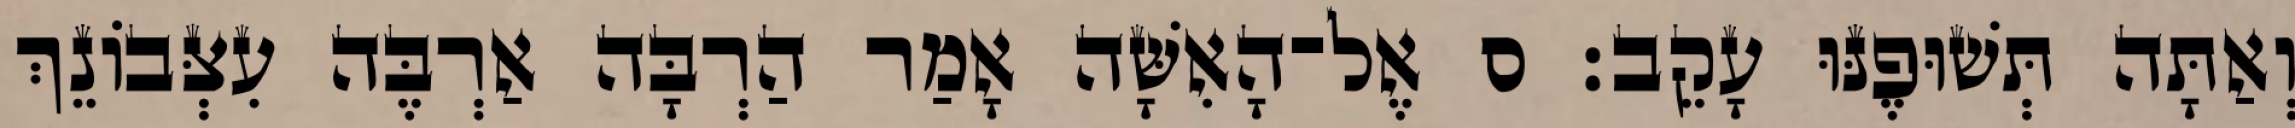
וְאַתָּה תְּשׁוּפֶנּוּ עָקֵב׃ ס אֶל־הָאִשָּׁה אָמַר הַרְבָּה אַרְבֶּה עִצְּבֹונֵךְ